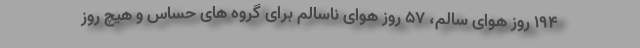
۱۹۴ روز هوای سالم، ۵۷ روز هوای ناسالم برای گروه های حساس و هیچ روز